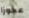
عجوزا